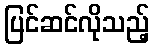
ပြင်ဆင်လိုသည့်